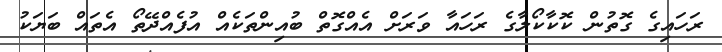
ރަހައިގެ ގޮތުން ކޮކާކޯލާގެ ރަހައާ ވަރަށް އެއްގޮތް ބުއިންތަކެއް އުފެއްދޭތޯ އެތައް ބަޔަކު